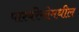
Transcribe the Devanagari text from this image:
पार्श्वरेखेमधील